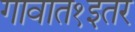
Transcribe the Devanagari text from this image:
गावात१इतर